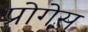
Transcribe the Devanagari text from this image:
प्रोगेस